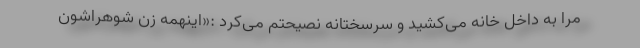
مرا به داخل خانه می‌کشید و سرسختانه نصیحتم می‌کرد :«اینهمه زن شوهراشون